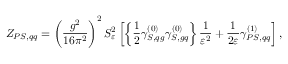
Z _ { P S , q q } = \left( \frac { g ^ { 2 } } { 1 6 \pi ^ { 2 } } \right) ^ { 2 } S _ { \varepsilon } ^ { 2 } \left[ \left\{ \frac { 1 } { 2 } \gamma _ { S , q g } ^ { ( 0 ) } \gamma _ { S , g q } ^ { ( 0 ) } \right\} \frac { 1 } { \varepsilon ^ { 2 } } + \frac { 1 } { 2 \varepsilon } \gamma _ { P S , q q } ^ { ( 1 ) } \right] ,